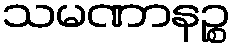
သမဏာနဉ္စ